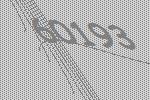
60193